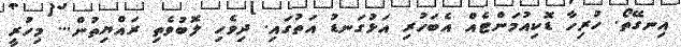
އިނގޭތޯ. ހުރިހާ ޑޮކިއުމަންޓެއް އެބަހުރި އަޅުގަނޑު އަތުގައި. ދިވެހި ލޮބުވެތި ރައްޔިތުން... މިހުރީ